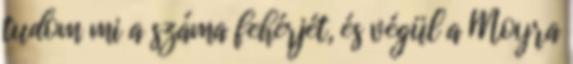
tudom mi a száma fehérjét, és végül a Moyra